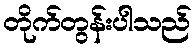
တိုက်တွန်းပါသည်